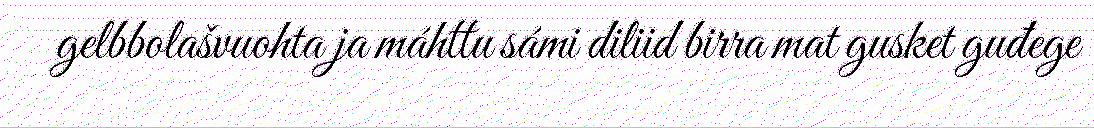
gelbbolašvuohta ja máhttu sámi diliid birra mat gusket guđege